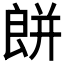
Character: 𦫏